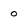
Character: 0